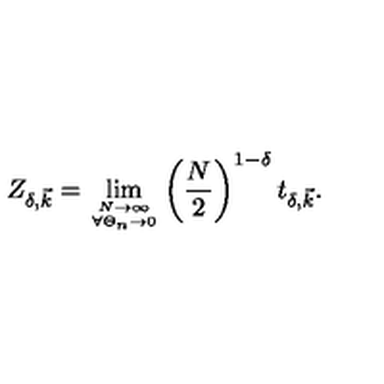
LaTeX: Z _ { \delta , \vec { k } } = \lim _ { { N \to \infty } \atop { \forall \Theta _ { n } \rightarrow 0 } } \left( \frac { N } { 2 } \right) ^ { 1 - \delta } t _ { \delta , \vec { k } } .